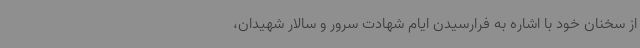
از سخنان خود با اشاره به فرارسیدن ایام شهادت سرور و سالار شهیدان،